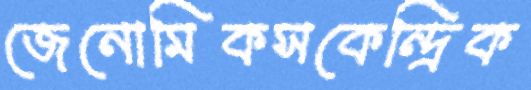
জেনোমিকসকেন্দ্রিক